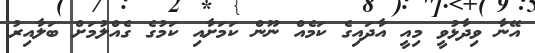
އޭނާ ވިދާޅުވީ މިއީ އާދައިގެ ކަމެއް ނޫން ކަމަށާއި ކަމުގެ ގެއްލުމަށް ބަލާއިރު